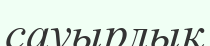
сауырлық